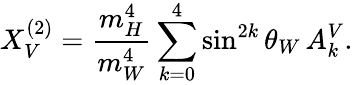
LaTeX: X_{V}^{(2)}=\frac{m_{H}^{4}}{m_{W}^{4}}\sum_{k=0}^{4}\sin^{2k}\theta_{W}\, A_{k}^{V}.